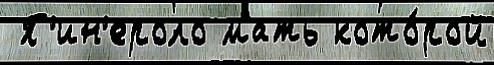
 П'ин'ероло мать кото́рой